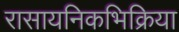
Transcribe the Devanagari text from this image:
रासायनिकभिक्रिया